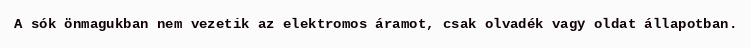
A sók önmagukban nem vezetik az elektromos áramot, csak olvadék vagy oldat állapotban.